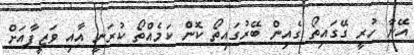
އޭނާ ހުރީ ގޭގައިތޯ ގެއިން ބޭރުގައިތޯ ކޮން ކަމެއްތޯ ކުރަނީ އާއި ވަޒީފާއަށް